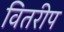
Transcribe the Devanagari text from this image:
वितरीप